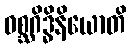
ဝစ္ဆဂိဒ္ဓိနိယောတိ